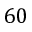
6 0